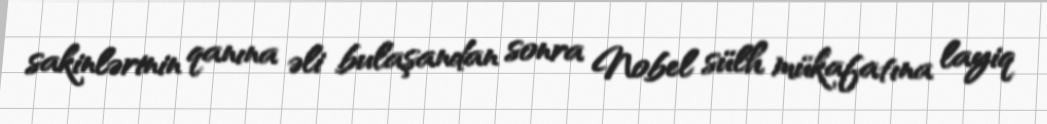
sakinlərinin qanına əli bulaşandan sonra Nobel sülh mükafatına layiq